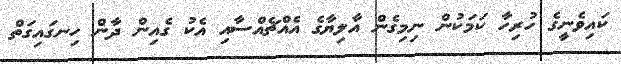
ކައިވެނީގެ ހުރިހާ ކަމަކުން ނިމިގެން އާލިޔާގެ އެއްޗެއްސާއި އެކު ގެއިން ދާން ހިނގައިގަތް